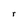
Character: r